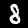
Label: 8